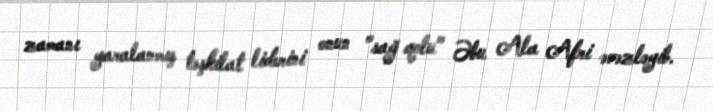
zamanı yaralanmış təşkilat liderini onun "sağ qolu" Əbu Ala Afri əvəzləyib.